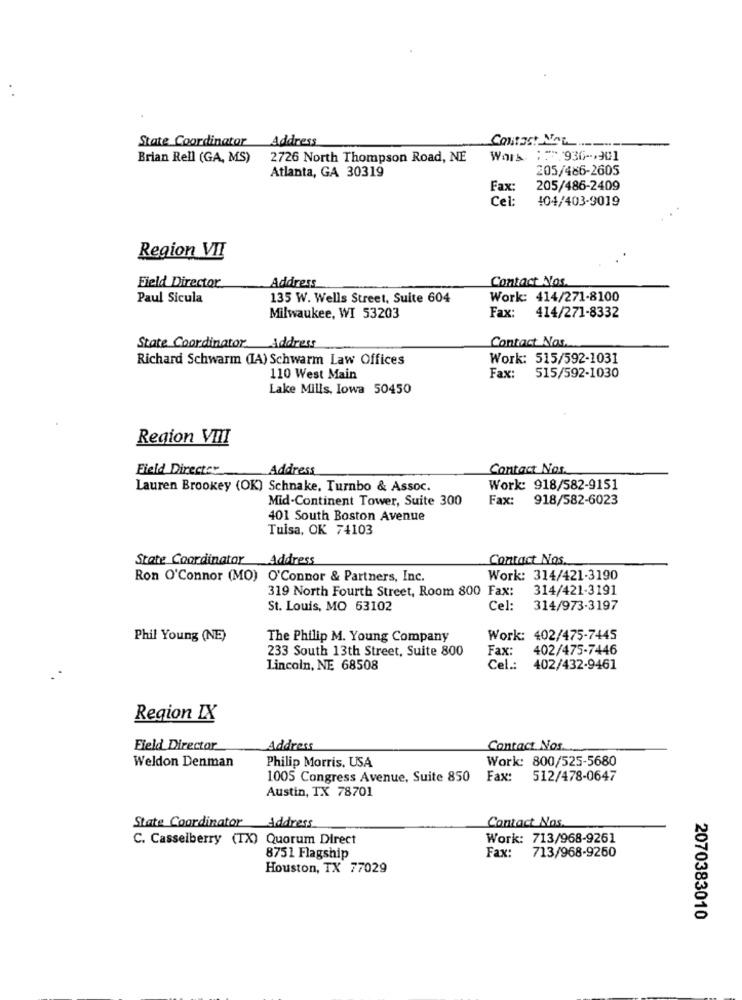
State Coordinator
Address
Contact NAL ____...
Brian Rell (GA, MS)
2726 North Thompson Road, NE
Wars :: 936 -, 901
205/486-2605
Atlanta, GA 30319
Fax:
205/486-2409
Cel:
104/403-9019
Region VII
Contact Nos.
Field Director
Address
Paul Sicula
135 W. Wells Street, Suite 604
Work: 414/271-8100
414/271-8332
Milwaukee, WI 53203
Fax:
State Coordinator Address
Contact Nos.
Richard Schwarm (IA) Schwarm Law Offices
Work: 515/592-1031
515/592-1030
110 West Main
Fax:
Lake Mills, Iowa 50450
Region VIII
Field Director
Address
Contact Nos.
Lauren Brookey (OK) Schnake, Turnbo & Assoc.
Work: 918/582-9151
Mid-Continent Tower, Suite 300
Fax: 918/582-6023
401 South Boston Avenue
Tulsa, OK 74103
State Coordinator Address
Contact Nos.
Ron O'Connor (MO) O'Connor & Partners, Inc.
Work: 314/421-3190
319 North Fourth Street, Room 800 Fax:
314/421-3191
St. Louis, MO 53102
Cel:
314/973-3197
Phil Young (NE)
The Philip M. Young Company
Work: 402/475-7445
233 South 13th Street, Suite 800
Fax:
402/475-7446
Lincoln, NE 68508
Cel .:
402/432-9461
Region IX
Field Director
Address
Contact Nos.
Philip Morris, USA
Work: 800/525-5680
Weldon Denman
1005 Congress Avenue, Suite 850
Fax: 512/478-0647
Austin, TX 78701
Address
State Coordinator
Contact Nos.
C. Casselberry (IX) Quorum Direct
Work: 713/968-9261
Fax: 713/968-9260
8751 Flagship
Houston, TX 77029
2070383010